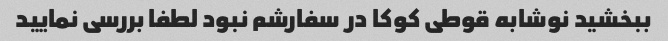
ببخشید نوشابه قوطی کوکا در سفارشم نبود لطفا بررسی نمایید